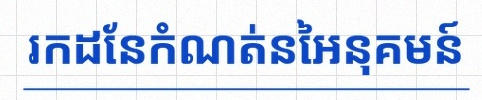
រកដែនកំណត់នៃអនុគមន៍